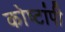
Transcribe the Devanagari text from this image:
कोष्टांपी